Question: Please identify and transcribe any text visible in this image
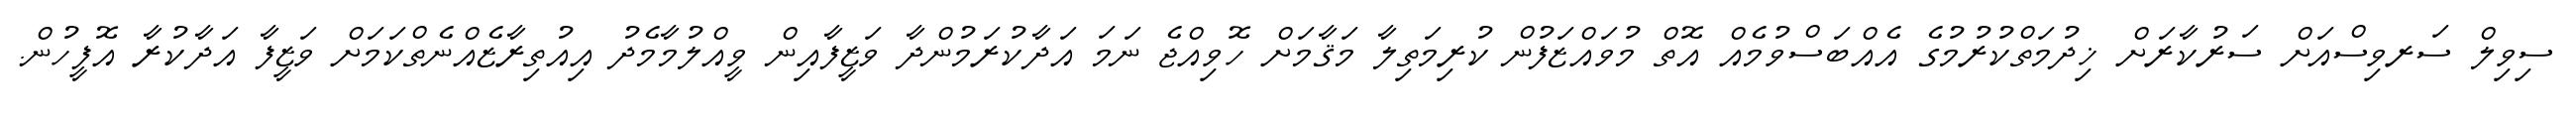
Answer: ސިވިލް ސަރވިސްއަށް ސަރުކާރަށް ޚިދުމަތްކުރުމުގެ އެއްބަސްވުމެއް އޮތް މުވައްޒަފުން ކުރިމަތިލާ މަޤާމަށް ހޮވިއްޖެ ނަމަ އަދާކުރަމުންދާ ވަޒީފާއިން ވީއްލުމާމެދު އިއުތިރާޒެއްނެތްކަމަށް ވަޒީފާ އަދާކުރާ އޮފީހުން.